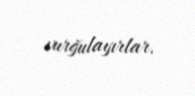
vurğulayırlar.